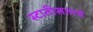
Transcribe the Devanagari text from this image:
स्टातीसताचे